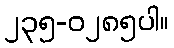
၂၃၅-၀၂၈၅ပါ။